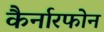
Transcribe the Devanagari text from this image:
कैर्नारफोन